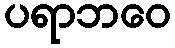
ပရာဘဝေ